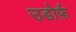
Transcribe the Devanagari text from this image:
उडोर्फ़